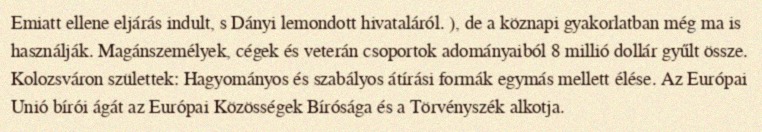
Emiatt ellene eljárás indult, s Dányi lemondott hivataláról. ), de a köznapi gyakorlatban még ma is használják. Magánszemélyek, cégek és veterán csoportok adományaiból 8 millió dollár gyűlt össze. Kolozsváron születtek: Hagyományos és szabályos átírási formák egymás mellett élése. Az Európai Unió bírói ágát az Európai Közösségek Bírósága és a Törvényszék alkotja.